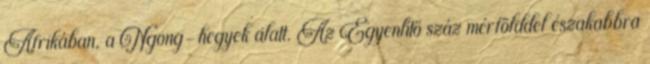
Afrikában, a Ngong-hegyek alatt. Az Egyenlítő száz mérfölddel északabbra